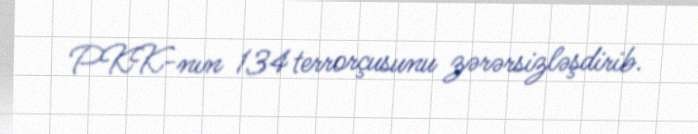
PKK-nın 134 terrorçusunu zərərsizləşdirib.